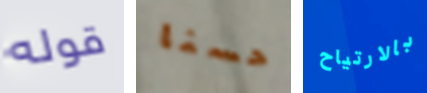
قوله حسنا بالارتياح